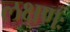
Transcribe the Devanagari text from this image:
लक्षणः